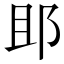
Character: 䢸